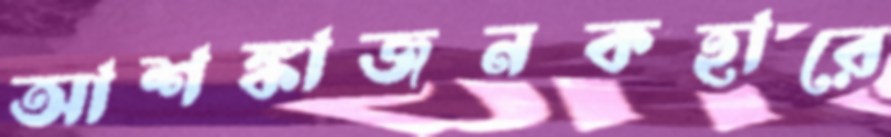
আশঙ্কাজনকহারে